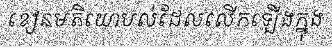
ខៀនមតិយោបល់ដែលលើកឡើងក្នុង